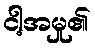
ငါ့အမှု၏